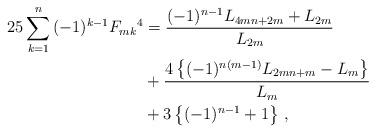
LaTeX: \begin{align*}25\sum_{k = 1}^n {( - 1)^{k - 1} F_{mk}{}^4 } &= \frac{{( - 1)^{n - 1} L_{4mn + 2m} + L_{2m} }}{{L_{2m} }}\\&+ \frac{{4\left\{ {( - 1)^{n(m - 1)} L_{2mn + m} - L_m } \right\}}}{{L_m }}\\&+ 3\left\{ {( - 1)^{n - 1} + 1} \right\}\,,\end{align*}